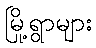
မြို့ရွာများ